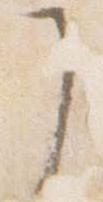
了